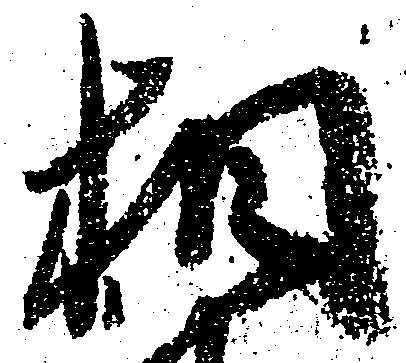
相